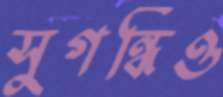
সুগন্ধিও